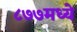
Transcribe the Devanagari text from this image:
८७७मध्ये